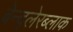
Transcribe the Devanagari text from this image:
बेन्द्लेरब्लाक